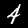
Label: 4